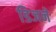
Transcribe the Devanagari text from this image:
डिजने